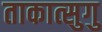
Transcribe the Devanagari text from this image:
ताकात्सुगु